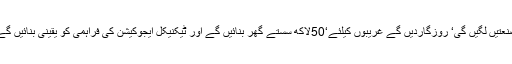
صنعتیں لگیں گی‘ روزگاردیں گے غریبوں کیلئے‘50لاکھ سستے گھر بنائیں گے اور ٹیکنیکل ایجوکیشن کی فراہمی کو یقینی بنائیں گے ۔